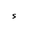
Letter: _hamza